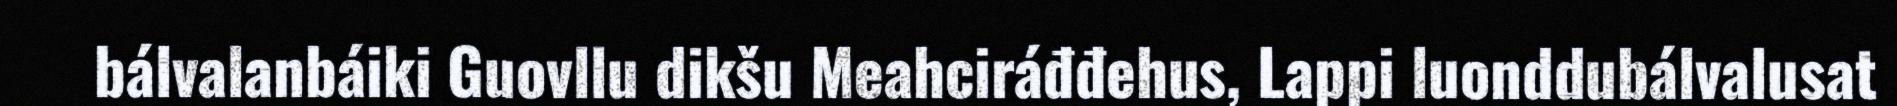
bálvalanbáiki Guovllu dikšu Meahciráđđehus, Lappi luonddubálvalusat